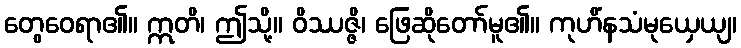
တွေဝေရာ၏။ ဣတိ၊ ဤသို့။ ဝိဿဇ္ဇိ၊ ဖြေဆိုတော်မူ၏။ ကုဟိံနသံမုယှေယျ၊